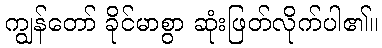
ကျွန်တော် ခိုင်မာစွာ ဆုံးဖြတ်လိုက်ပါ၏။